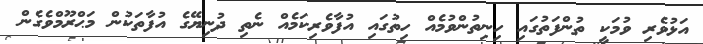
އަޅުވެރި ވުމަކީ ތުންފަތުގައި ހިނިތުންވުމެއް ހިތުގައި އުފާވެރިކަމެއް ނެތި ދުނިޔޭގެ އުފާތަކުން މަޙްރޫމްވެގެން